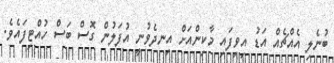
ބުނެލި އެއްޗެއް އަޑު އިވިފައި މާކިންއަށް އިނދެވުނީ އުފަލުން ގޮސް ބަސް ހުއްޓިފައެވެ.